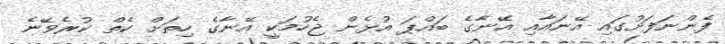
ފެންނަފަށުގައި އޭނައާއި އޭނާގެ ބައްޕަ އުޅެން ޖެހުމަކީ އޭނާގެ ހިތަށް ކެތް ކުރެވޭނެ